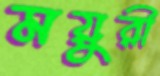
ময়ুরী